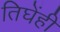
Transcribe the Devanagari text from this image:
तिघेंही